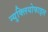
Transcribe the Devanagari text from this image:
न्युक्लियोफाइल